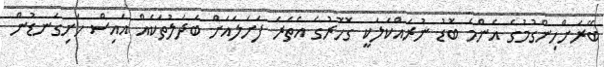
ބޭރަށްހިންގުމުގެ އެންމެ ބޮޑު ނުރައްކަލަކީ ގޮހޮރުގެ އެތެރެ ފަށަލައަށް ބަދަލުތަކެއް އައިސް ހަށިގަނޑުން